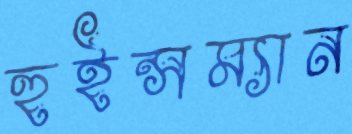
হুইন্সম্যান